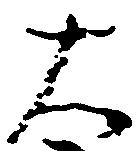
大